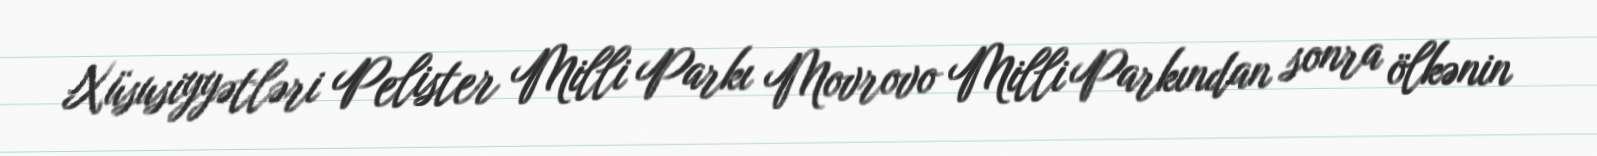
Xüsusiyyətləri Pelister Milli Parkı Movrovo Milli Parkından sonra ölkənin